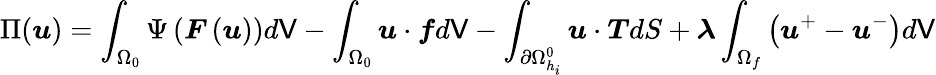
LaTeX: \Pi(\boldsymbol{u})=\int_{\Omega_{0}}{\Psi\left(\boldsymbol{F}\left(\boldsymbol{u}\right)\right)d\mathsf{V}}-\int_{\Omega_{0}}{\boldsymbol{u}\cdot\boldsymbol{f}d\mathsf{V}}-\int_{\partial\Omega_{h_{i}}^{0}}{\boldsymbol{u}\cdot\boldsymbol{T}dS}+\boldsymbol{\lambda}\int_{\Omega_{f}}{\left(\boldsymbol{u}^{+}-\boldsymbol{u}^{-}\right)}d\mathsf{V}